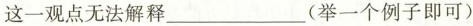
这一观点无法解释___(举一个例子即可)